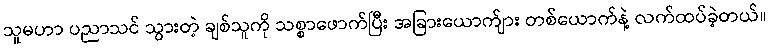
သူမဟာ ပညာသင် သွားတဲ့ ချစ်သူကို သစ္စာဖောက်ပြီး အခြားယောက်ျား တစ်ယောက်နဲ့ လက်ထပ်ခဲ့တယ်။